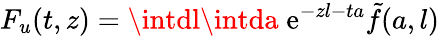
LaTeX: F_{u}(t,z)=\intdl\intda\; \mathrm{e}^{-zl-ta}\tilde{{f}}(a,l)